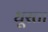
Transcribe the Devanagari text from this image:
धूरता